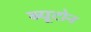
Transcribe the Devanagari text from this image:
ब्यूटोन